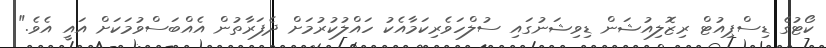
ކޯޓުގެ ޑިސްޕިއުޓް ރިޒޮލިއުޝަން ޑިވިޝަނުގައި ސުލްހަވެރިކަމާއެކު ހައްލުކުރުމަށް ދެފަރާތުން އެއްބަސްވުމަކަށް އައީ އެވެ."